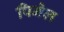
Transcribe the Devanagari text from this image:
पिनेल